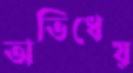
অভিধেয়